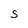
Character: S